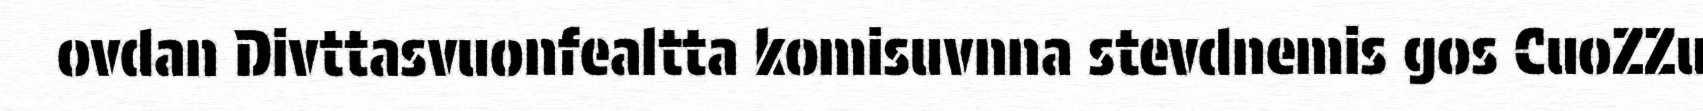
ovdan Divttasvuonfealtta komisuvnna stevdnemis gos CuoZZu